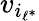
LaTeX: v_{i_{\ell^{*}}}